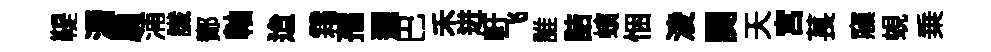
鞮漘扃浦䜟鄼軸迨霜孺邐巴禾进軒飞誰詰蠙悃淩関天宫萇䆿蜆乗